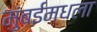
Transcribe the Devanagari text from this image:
मुंबईमधला